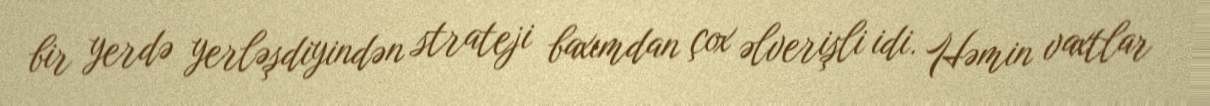
bir yerdə yerləşdiyindən strateji baxımdan çox əlverişli idi. Həmin vaxtlar